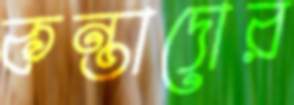
কন্তাদোর